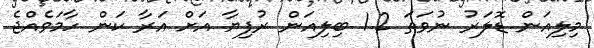
މިލިއަން ޑޮލަރު ނުވަތަ 1.2 ބިލިއަން ރުފިޔާ އަށް އަރާ ކަން ހާމަވެއްޖެ